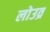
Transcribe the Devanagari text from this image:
लोउव्र